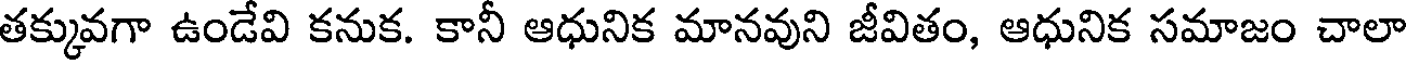
తక్కువగా ఉండేవి కనుక. కానీ ఆధునిక మానవుని జీవితం, ఆధునిక సమాజం చాలా